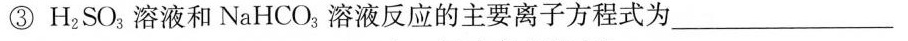
③H_{2}SO_{3}溶液和NaHCO_{3}；溶液反应的主要离子方程式为___